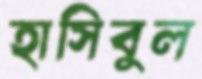
হাসিবুল